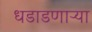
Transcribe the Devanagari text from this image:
धडाडणाऱ्या